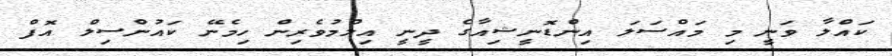
ކައްލާ ވަނީ މި މައްސަލަ އިންޑޮނީޝިއާގެ ދީނީ އިލްމުވެރިން ހިމެނޭ ކައުންސިލް އޮފް